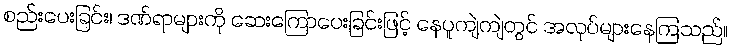
စည်းပေးခြင်း၊ ဒဏ်ရာများကို ဆေးကြောပေးခြင်းဖြင့် နေပူကျဲကျဲတွင် အလုပ်များနေကြသည်။